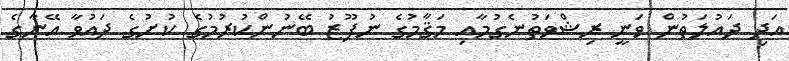
އަދި ދައުލަތުން ވަނީ ރިޝްވަތުނެގުމާއި މަޤާމުގެ ނުފޫޒު ބޭނުންކުރުމުގެ ކުށުގެ ދައުވާ އޭނާގެ